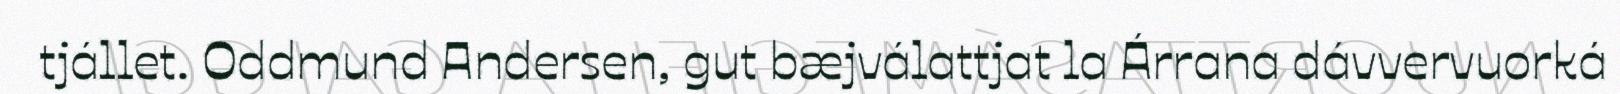
tjállet. Oddmund Andersen, gut bæjválattjat la Árrana dávvervuorká